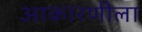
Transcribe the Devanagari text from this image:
आकारणीला